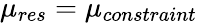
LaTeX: \mu_{res}=\mu_{constraint}